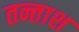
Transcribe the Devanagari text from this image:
तन्ताश